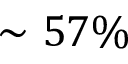
\sim 5 7 \%